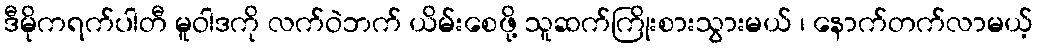
ဒီမိုကရက်ပါတီ မူဝါဒကို လက်ဝဲဘက် ယိမ်းစေဖို့ သူဆက်ကြိုးစားသွားမယ် ၊ နောက်တက်လာမယ့်